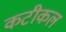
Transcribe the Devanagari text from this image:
कटीकल